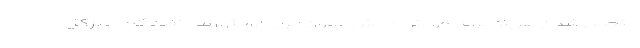
متحمل شدن هزینه برای آموزش دانش‌آموزان ابراز ناراحتی می‌کنند که مدیرکل